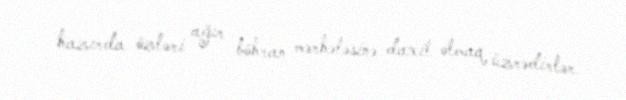
hazırda özləri ağır böhran mərhələsinə daxil olmaq üzrədirlər.